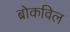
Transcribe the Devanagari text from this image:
ब्रोकविल